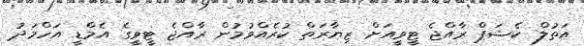
އަތުލް ކެޝަޕް ރާއްޖެ ޓީވީއަށް ޒިޔާރަތް ކުރެއްވުމުން ރާއްޖެ ޓީވީގެ އެމްޑީ އަހްމަދު